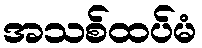
အသစ်ထပ်မံ